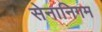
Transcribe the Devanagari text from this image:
सेनानिगम